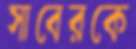
সাবেরকে